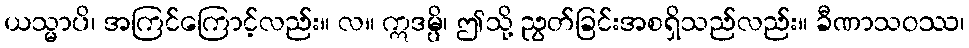
ယသ္မာပိ၊ အကြင်ကြောင့်လည်း။ လ။ ဣဒမ္ပိ၊ ဤသို့ ညွတ်ခြင်းအစရှိသည်လည်း။ ခီဏာသဝဿ၊